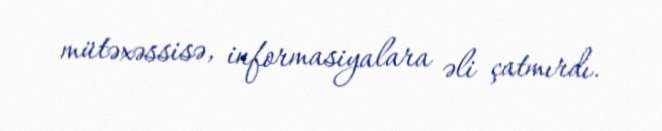
mütəxəssisə, informasiyalara əli çatmırdı.